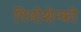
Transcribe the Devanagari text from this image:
टिमोशेन्को